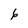
Character: 6